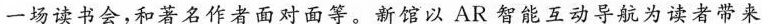
一场读书会，和著名作者面对面等。新馆以AR智能互动导航为读者带来